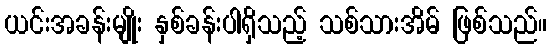
ယင်းအခန်းမျိုး နှစ်ခန်းပါရှိသည့် သစ်သားအိမ် ဖြစ်သည်။